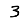
Digit: 3